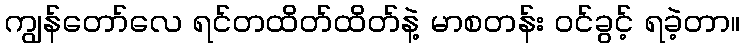
ကျွန်တော်လေ ရင်တထိတ်ထိတ်နဲ့ မာစတန်း ဝင်ခွင့် ရခဲ့တာ။